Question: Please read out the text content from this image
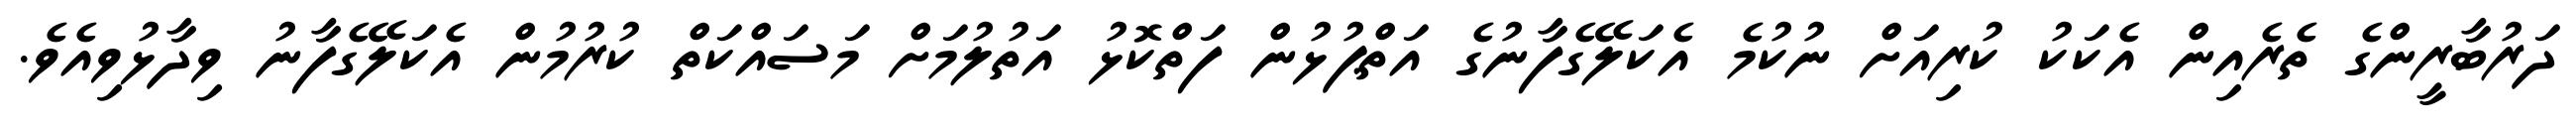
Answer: ދަރުބާރީންގެ ތެރެއިން އެކަކު ކުރިއަށް ނުކުމެ އެކަލޭގެފާނުގެ އަތްޕުޅުން ފަތްކޮޅު އަތުލުމަށް މަސައްކަތް ކުރުމުން އެކަލޭގެފާނު ވިދާޅުވިއެވެ.